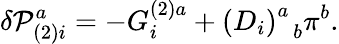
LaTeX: \delta{\cal P}_{(2)i}^{a}=-G_{i}^{(2)a}+\left(D_{i}\right)_{\; \; b}^{a}\pi^{b}.